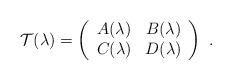
LaTeX: \begin{align*} {\cal T}(\lambda) = \left(\begin{array}{cc} A(\lambda) & B(\lambda) \\ C(\lambda) & D(\lambda) \end{array} \right)\ .\end{align*}